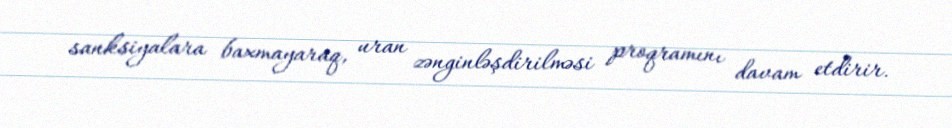
sanksiyalara baxmayaraq, uran zənginləşdirilməsi proqramını davam etdirir.